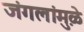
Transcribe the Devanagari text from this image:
जंगलांमु़ळे